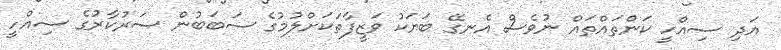
އަދި ސިއްހީ ކަންތައްތައް ނުވެސް އެނގޭ ބަޔަކު ވަޒީފާތަކަށްލުމުގެ ސަބަބުން ސަރުކާރުގެ ސިއްހީ